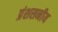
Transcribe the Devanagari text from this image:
प्रंशसनीय